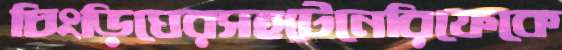
চিংড়িঘেরসহটেনেরিফেকে